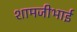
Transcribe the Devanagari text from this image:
शामजीभाई